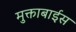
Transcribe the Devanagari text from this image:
मुक्ताबाईस